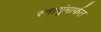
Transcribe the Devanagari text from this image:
स्नायूंमार्फत